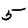
Digit: 5